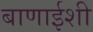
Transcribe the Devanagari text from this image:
बाणाईशी